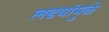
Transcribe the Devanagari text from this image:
लढयांमुळे